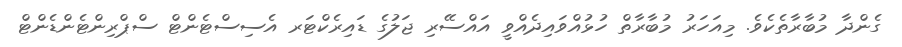
ގެންދާ މުބާރާތެކެވެ. މިއަހަރު މުބާރާތް ހުޅުއްވައިދެއްވީ އައްސޭރި ޖަލުގެ ޑައިރެކްޓަރ އެސިސްޓެންޓް ސްޕްރިންޓެންޑެންޓް